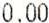
0.00